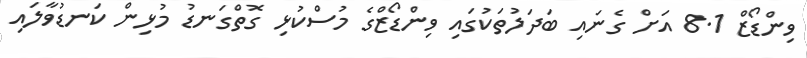
ވިންޑޯޒް 8.1 އަށް ގެނައި ބަދަލުތަކުގައި ވިންޑޯޒްގެ މުސްކުޅި ގޮތްގަނޑު މުޅިން ކަނޑުވާލައި